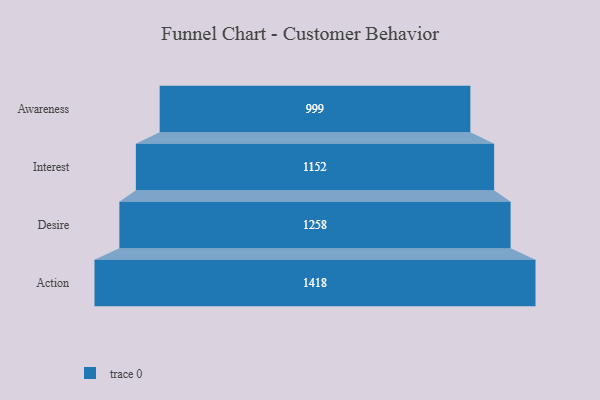
{"axis": {"x": "Stage", "y": "Value"}, "legend": [""], "data": [{"x": "Awareness", "y": 999.0, "type": ""}, {"x": "Interest", "y": 1152.0, "type": ""}, {"x": "Desire", "y": 1258.0, "type": ""}, {"x": "Action", "y": 1418.0, "type": ""}]}